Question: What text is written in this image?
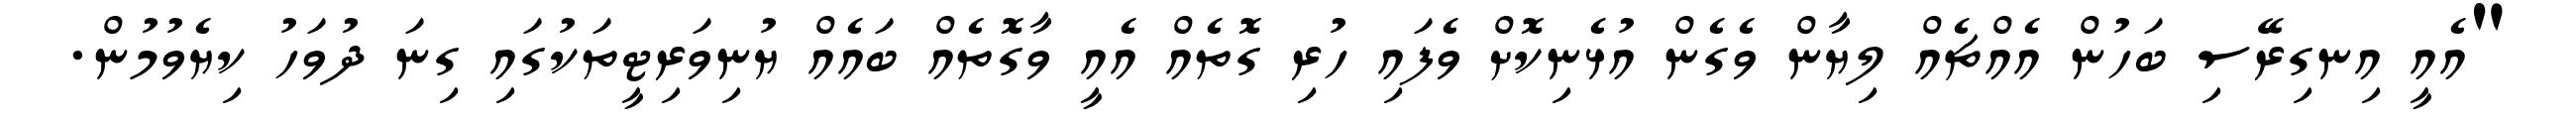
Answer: "އެއީ އިނގިރޭސި ބަހުން އެއްޗެއް ލިޔާން ވެގެން އުޅެނިކޮށް ވެފައި ހުރި ގޮތެއް އެއީ ވާގޮތެއް ބައެއް ޔުނިވަރިޓީތަކުގައި ގިނަ ދުވަހު ކިޔެވުމުން.